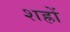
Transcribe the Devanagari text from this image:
शह्रों